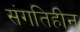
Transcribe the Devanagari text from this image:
संगतिहीन